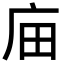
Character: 𢇶